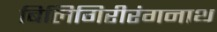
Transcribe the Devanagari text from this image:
बिलिगिरीरंगनाथ